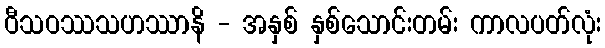
ဝီသဝဿသဟဿာနိ - အနှစ် နှစ်သောင်းတမ်း ကာလပတ်လုံး